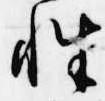
性